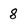
Character: 8